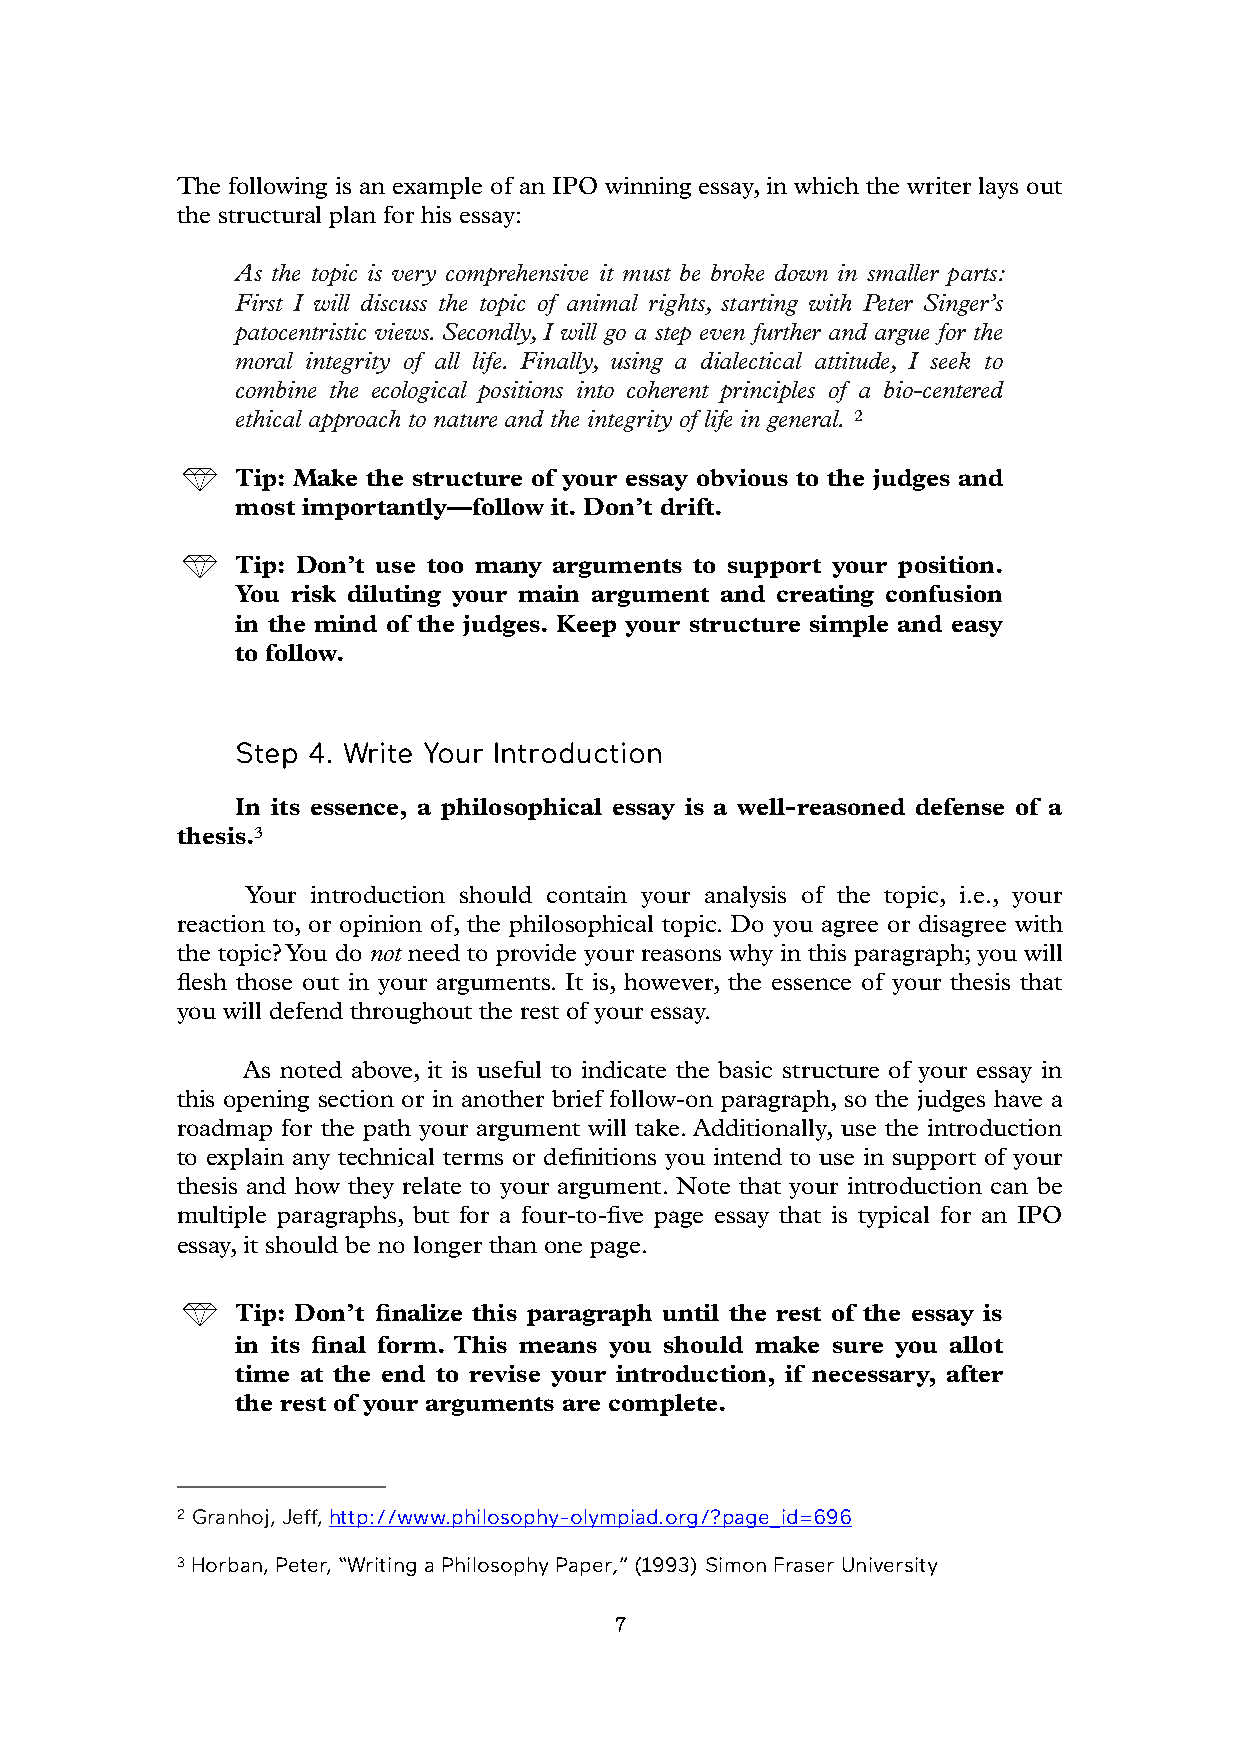
The following is an example of an IPO winning essay, in which the writer lays out
 the structural plan for his essay:
 As the topic is very comprehensive it must be broke down in smaller parts:
 First I will discuss the topic of animal rights, starting with Peter Singer’s
 patocentristic views. Secondly, I will go a step even further and argue for the
 moral integrity of all life. Finally, using a dialectical attitude, I seek to
 combine the ecological positions into coherent principles of a bio-centered
 ethical approach to nature and the integrity of life in general. 2
 Tip: Make the structure of your essay obvious to the judges and
 most importantly—follow it. Don’t drift.
 Tip: Don’t use too many arguments to support your position.
 You risk diluting your main argument and creating confusion
 in the mind of the judges. Keep your structure simple and easy
 to follow.
 Step 4. Write Your Introduction
 In its essence, a philosophical essay is a well-reasoned defense of a
 thesis.3
 Your introduction should contain your analysis of the topic, i.e., your
 reaction to, or opinion of, the philosophical topic. Do you agree or disagree with
 the topic? You do not need to provide your reasons why in this paragraph; you will
 flesh those out in your arguments. It is, however, the essence of your thesis that
 you will defend throughout the rest of your essay.
 As noted above, it is useful to indicate the basic structure of your essay in
 this opening section or in another brief follow-on paragraph, so the judges have a
 roadmap for the path your argument will take. Additionally, use the introduction
 to explain any technical terms or definitions you intend to use in support of your
 thesis and how they relate to your argument. Note that your introduction can be
 multiple paragraphs, but for a four-to-five page essay that is typical for an IPO
 essay, it should be no longer than one page.
 Tip: Don’t finalize this paragraph until the rest of the essay is
 in its final form. This means you should make sure you allot
 time at the end to revise your introduction, if necessary, after
 the rest of your arguments are complete.
 2 Granhoj, Jeff, http://www.philosophy-olympiad.org/?page_id=696
 3 Horban, Peter, “Writing a Philosophy Paper,” (1993) Simon Fraser University
 7